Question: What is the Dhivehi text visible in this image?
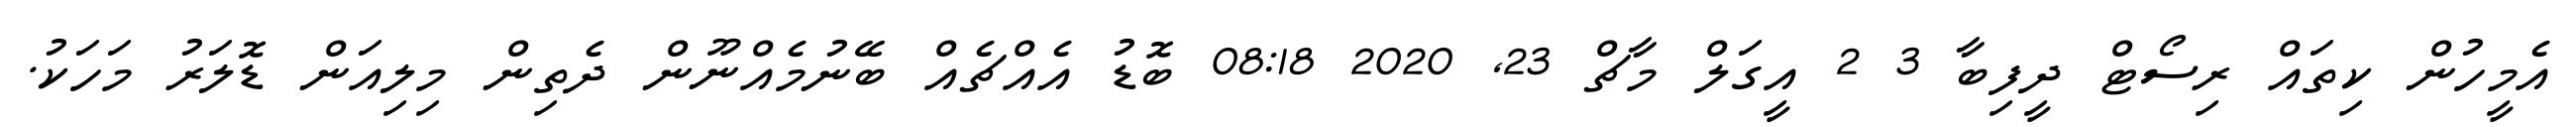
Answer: އެމީހުން ކިތައް ރިސޯޓް ދީފިބާ 3 2 އީގަލް މާޗް 23, 2020 08:18 ބޮޑު އެއްޗެއް ބޭނުމެއްނޫން ދެތިން މިލިއަން ޑޮލަރު މަހަކު.